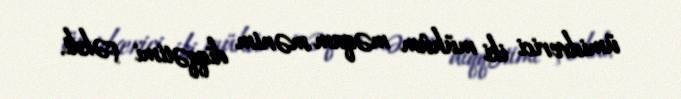
ümidverici iki mühüm məqam mənim diqqətimi çəkdi.